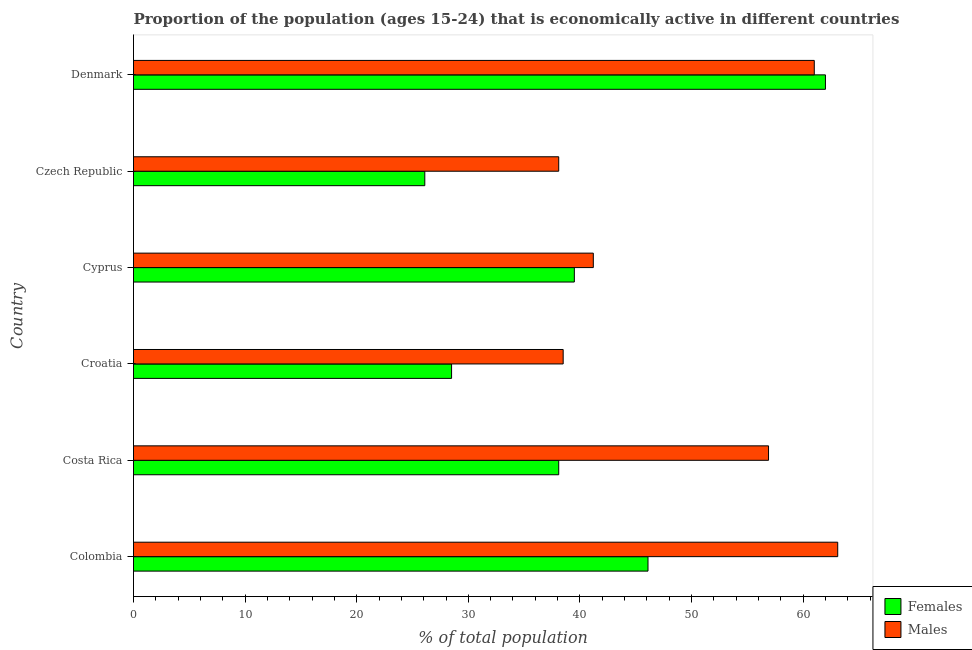
| Country | Females | Males |
 | --- | --- | --- |
 | Colombia | 46.1 | 63.1 |
 | Costa Rica | 38.1 | 56.9 |
 | Croatia | 28.5 | 38.5 |
 | Cyprus | 39.5 | 41.2 |
 | Czech Republic | 26.1 | 38.1 |
 | Denmark | 62 | 61 |